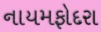
નાયમફોદરા